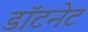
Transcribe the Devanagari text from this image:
डॉटनेट